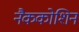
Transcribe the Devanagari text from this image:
नैककोशिन